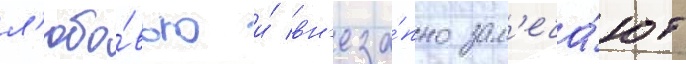
л'юбо́вью и́ вн'еза́пно зам'еча́ют